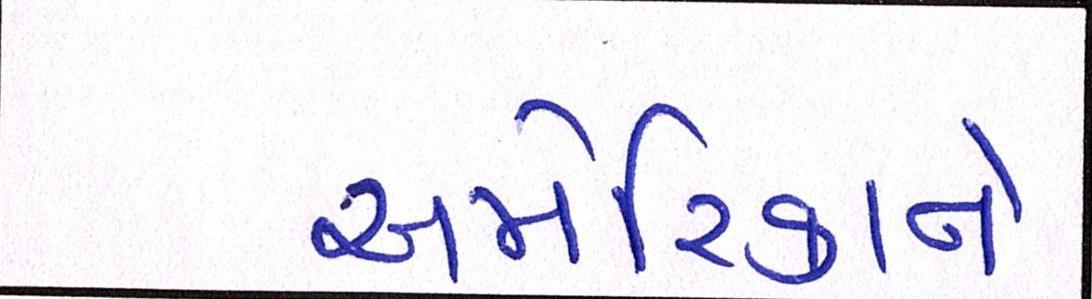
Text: અમેરિકાને